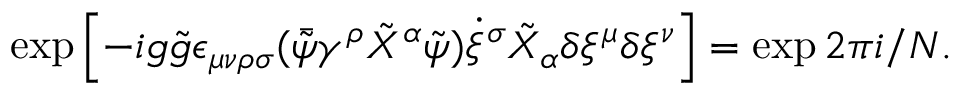
\exp \left[ - i g \tilde { g } \epsilon _ { \mu \nu \rho \sigma } ( \bar { \tilde { \psi } } \gamma ^ { \rho } \tilde { X } ^ { \alpha } \tilde { \psi } ) \dot { \xi } ^ { \sigma } \tilde { X } _ { \alpha } \delta \xi ^ { \mu } \delta \xi ^ { \nu } \right] = \exp 2 \pi i / N .